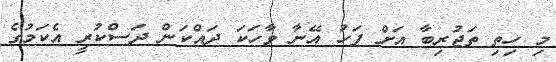
މި ހިތި ތަޖުރިބާ އަށް ފަހު އޭނާ ވާހަކަ ދައްކަން ދަސްކުރީ އެކަމުގެ